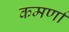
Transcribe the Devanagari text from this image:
कमर्णा